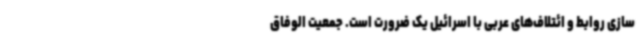
سازی روابط و ائتلاف‌های عربی با اسرائیل یک ضرورت است. جمعیت الوفاق